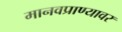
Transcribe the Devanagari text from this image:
मानवप्राण्यावर